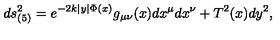
d s _ { ( 5 ) } ^ { 2 } = e ^ { - 2 k | y | \Phi ( x ) } g _ { \mu \nu } ( x ) d x ^ { \mu } d x ^ { \nu } + T ^ { 2 } ( x ) d y ^ { 2 } ,